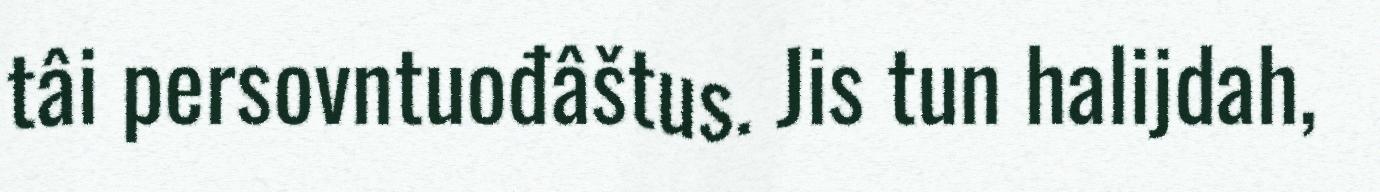
tâi persovntuođâštus. Jis tun halijdah,